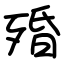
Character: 殙